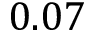
0 . 0 7